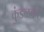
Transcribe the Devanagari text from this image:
कुंडळकर